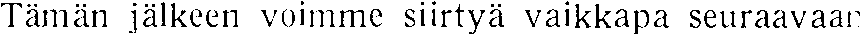
Tämän jälkeen voimme siirtyä vaikkapa seuraavaan